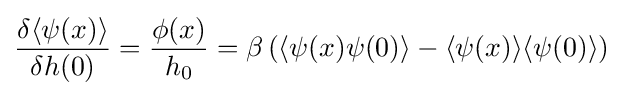
{\frac {\delta \langle \psi (x)\rangle }{\delta h(0)}}={\frac {\phi (x)}{h_{0}}}=\beta \left(\langle \psi (x)\psi (0)\rangle -\langle \psi (x)\rangle \langle \psi (0)\rangle \right)